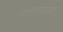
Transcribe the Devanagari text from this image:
लघुमात्राओं